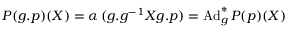
{ \cal P } ( g . p ) ( X ) = \alpha \, ( g . g ^ { - 1 } X g . p ) = \mathrm { A d } _ { g } ^ { * } \, { \cal P } ( p ) ( X )